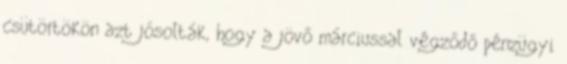
csütörtökön azt jósolták, hogy a jövő márciussal végződő pénzügyi